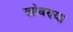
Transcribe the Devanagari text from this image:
खोबण्या